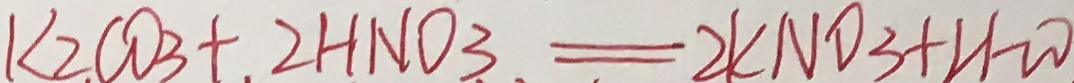
K _ { 2 } C O _ { 3 } + 2 H N O _ { 3 } = 2 K N O _ { 3 } + H _ { 2 } O